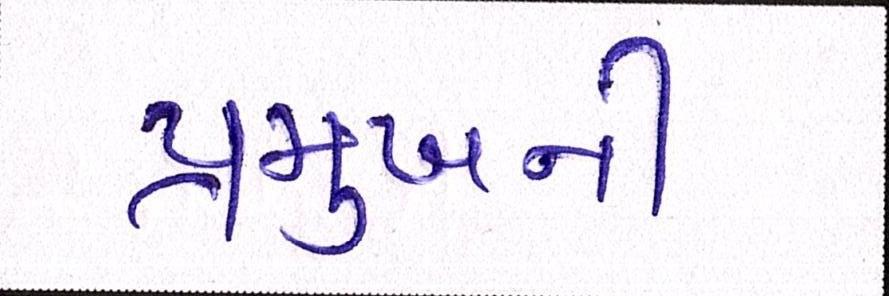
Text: પ્રમુખની